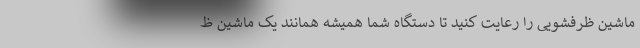
ماشین ظرفشویی را رعایت کنید تا دستگاه شما همیشه همانند یک ماشین ظ